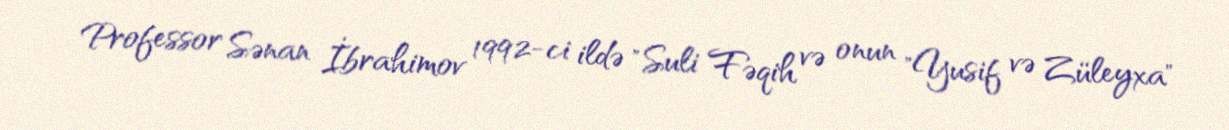
Professor Sənan İbrahimov 1992-ci ildə "Suli Fəqih və onun "Yusif və Züleyxa"